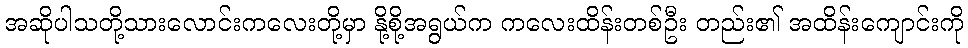
အဆိုပါသတို့သားလောင်းကလေးတို့မှာ နို့စို့အရွယ်က ကလေးထိန်းတစ်ဦး တည်း၏ အထိန်းကျောင်းကို